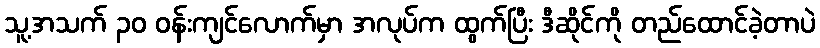
သူ့အသက် ၃၀ ဝန်းကျင်လောက်မှာ အလုပ်က ထွက်ပြီး ဒီဆိုင်ကို တည်ထောင်ခဲ့တာပဲ